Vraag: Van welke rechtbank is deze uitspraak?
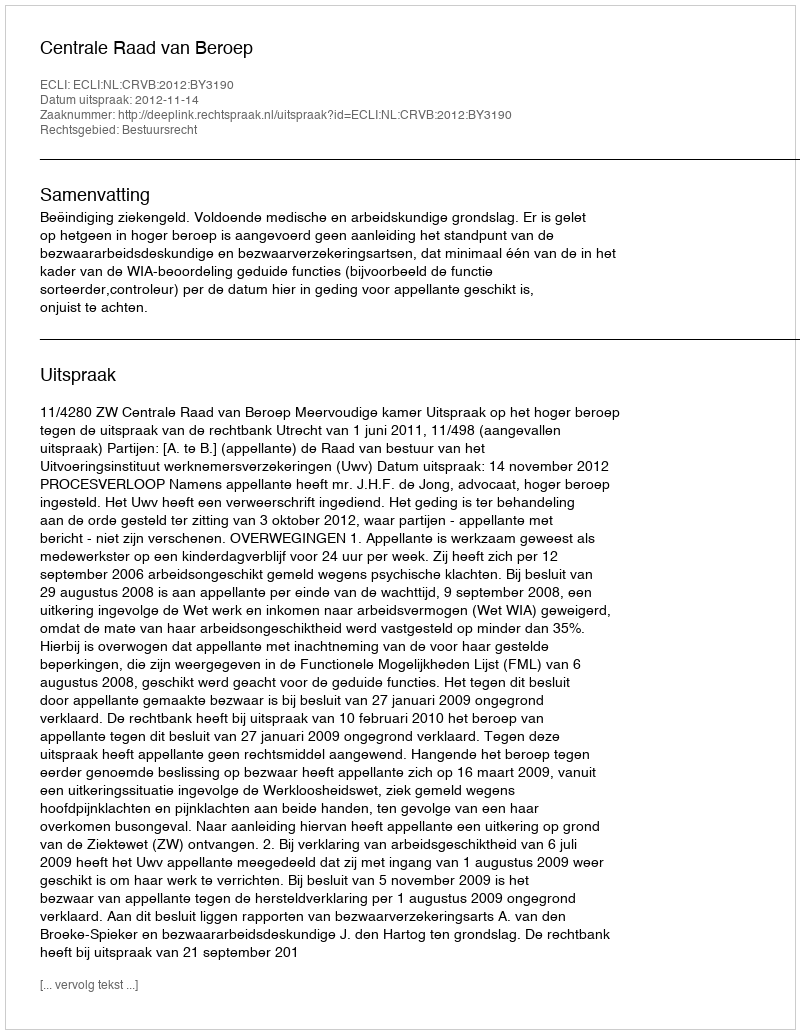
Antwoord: Centrale Raad van Beroep